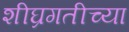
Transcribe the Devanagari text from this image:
शीघ्रगतीच्या